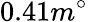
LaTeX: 0.41m^{\circ}